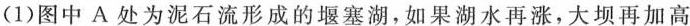
（1）图中A处为泥石流形成的堰塞湖，如果湖水再涨，大坝再加高